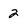
Character: 2